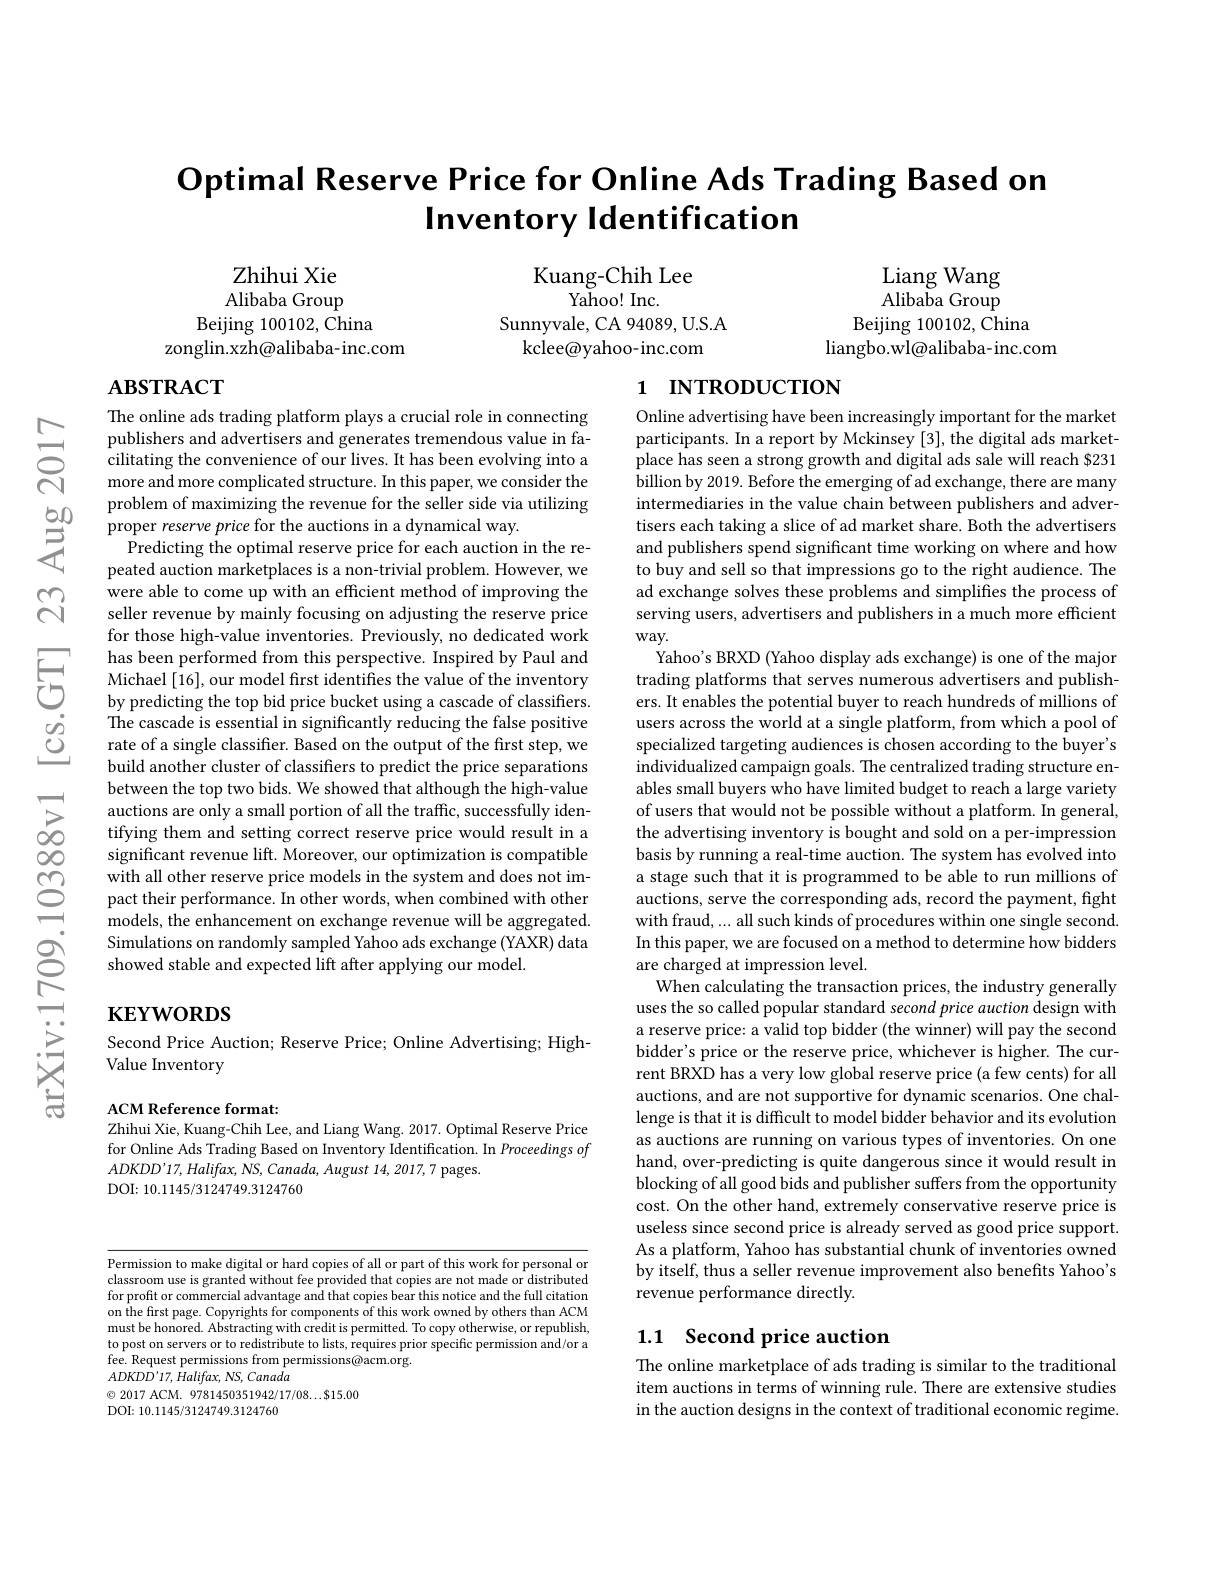
# $\textbf{Optimal Reserve Price for Online Ads Trading Based on}$ Inventory Identification

Kuang-Chih Lee
$\bar{\mathrm{Yahoo!~Inc.}}$
Sunnyvale, CA 94089, U.S.A
kclee@yahoo-inc.com

Liang Wang Alibaba Group
Beijing 100102, China
liangbo.wl@alibaba-inc.com

Zhihui Xie Alibaba Group
Beijing 100102, China
zonglin.xzh@alibaba-inc.com

# $ABSTRACT$

# 1 INTRODUCTION

The online ads trading platform plays a crucial role in connecting publishers and advertisers and generates tremendous value in fa- $\dot{\text{cilitating the convenience of our lives. It has been evolving into a}}$ more and more complicated structure. In this paper, we consider the problem of maximizing the revenue for the seller side via utilizing proper reserve price for the auctions in a dynamical way.
Predicting the optimal reserve price for each auction in the repeated auction marketplaces is a non-trivial problem. However, we were able to come up with an efficient method of improving the seller revenue by mainly focusing on adjusting the reserve price for those high-value inventories. Previously, no dedicated work
has been performed from this perspective. Inspired by Paul and Michael [ 16] , our model first identifies the value of the inventory by predicting the top bid price bucket using a cascade of classifiers.
The cascade is essential in significantly reducing the false positive rate of a single classifier. Based on the output of the first step, we build another cluster of classifers to predict the price separations between the top two bids. We showed that although the high-value auctions are only a small portion of all the traffic, successfully identifying them and setting correct reserve price would result in a significant revenue lift. Moreover, our optimization is compatible
$\begin{array}{lllllllllllllllll}&\text{with all other reserve price models in the sy}\end{array}$
$\hat{\text{models, the enhancement on exchange revenue will be aggregated.}}$ Simulations on randomly sampled Yahoo ads exchange (YAXR) data showed stable and expected lift after applying our model.

Online advertising have been increasingly important for the market participants. In a report by Mckinsey [3], the digital ads marketplace has seen a strong growth and digital ads sale will reach $231 billion by 2019. Before the emerging of ad exchange, there are many intermediaries in the value chain between publishers and advertisers each taking a slice of ad market share. Both the advertisers and publishers spend significant time working on where and how to buy and sell so that impressions go to the right audience. The ad exchange solves these problems and simplifies the process of serving users, advertisers and publishers in a much more efficient way.
Yahoo's BRXD (Yahoo display ads exchange) is one of the major trading platforms that serves numerous advertisers and publishers. It enables the potential buyer to reach hundreds of millions of users across the world at a single platform, from which a pool of specialized targeting audiences is chosen according to the buyer's $\hat{\text{individualized campaign goals. The centralized trading structure en-}}$ ables small buyers who have limited budget to reach a large variety of users that would not be possible without a platform. In general, the advertising inventory is bought and sold on a per-impression basis by running a real-time auction. The system has evolved into a stage such that it is programmed to be able to run millions of auctions, serve the corresponding ads, record the payment, fight with fraud,... all such kinds of procedures within one single second. In this paper, we are focused on a method to determine how bidders are charged at impression level.
When calculating the transaction prices, the industry generally uses the so called popular standard second price auction design with a reserve price: a valid top bidder (the winner) will pay the second bidder's price or the reserve price, whichever is higher. The current BRXD has a very low global reserve price (a few cents) for all auctions, and are not supportive for dynamic scenarios. One challenge is that it is difficult to model bidder behavior and its evolution as auctions are running on various types of inventories. On one hand, over-predicting is quite dangerous since it would result in blocking of all good bids and publisher suffers from the opportunity cost. On the other hand, extremely conservative reserve price is useless since second price is already served as good price support. As a platform, Yahoo has substantial chunk of inventories owned by itself, thus a seller revenue improvement also benefits Yahoo's revenue performance directly.

# $\mathbf{KEYWORDS}$

Second Price Auction; Reserve Price; Online Advertising; High-
Value Inventory

ACM Reference format:
Zhihui Xie, Kuang-Chih Lee, and Liang Wang. 2017. Optimal Reserve Price for Online Ads Trading Based on Inventory Identification. In Proceedings of $ADKDD’17,Halifax,NS,Canada,August$ 14, 2017, 7 pages.
DOI: 10.1145/3124749.3124760

Permission to make digital or hard copies of all or part of this work for personal or classroom use is granted without fee provided that copies are not made or distributed for profit or commercial advantage and that copies bear this notice and the full citation on the first page. Copyrights for components of this work owned by others than ACM must be honored. Abstracting with credit is permitted. To copy otherwise, or republish, to post on servers or to redistribute to lists, requires prior specific permission and/or a fee. Request permissions from permissions@acm.org.
$ADKDD^{\prime}17,Halifax,NS,Canada$
$\textcircled{\circ}$ 2017 ACM. 9781450351942/17/08...$15.00
DOI: 10.1145/3124749.3124760

## 1.1 Second price auction

The online marketplace of ads trading is similar to the traditional item auctions in terms of winning rule. There are extensive studies in the auction designs in the context of traditional economic regime.